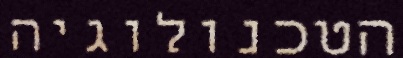
הטכנולוגיה